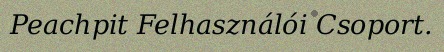
Peachpit Felhasználói Csoport.